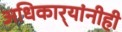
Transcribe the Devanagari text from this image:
अधिकार्‍यांनीही